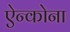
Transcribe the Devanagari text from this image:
ऐन्कोना